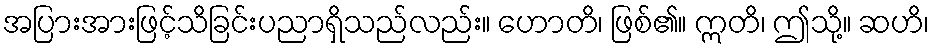
အပြားအားဖြင့်သိခြင်းပညာရှိသည်လည်း။ ဟောတိ၊ ဖြစ်၏။ ဣတိ၊ ဤသို့။ ဆဟိ၊